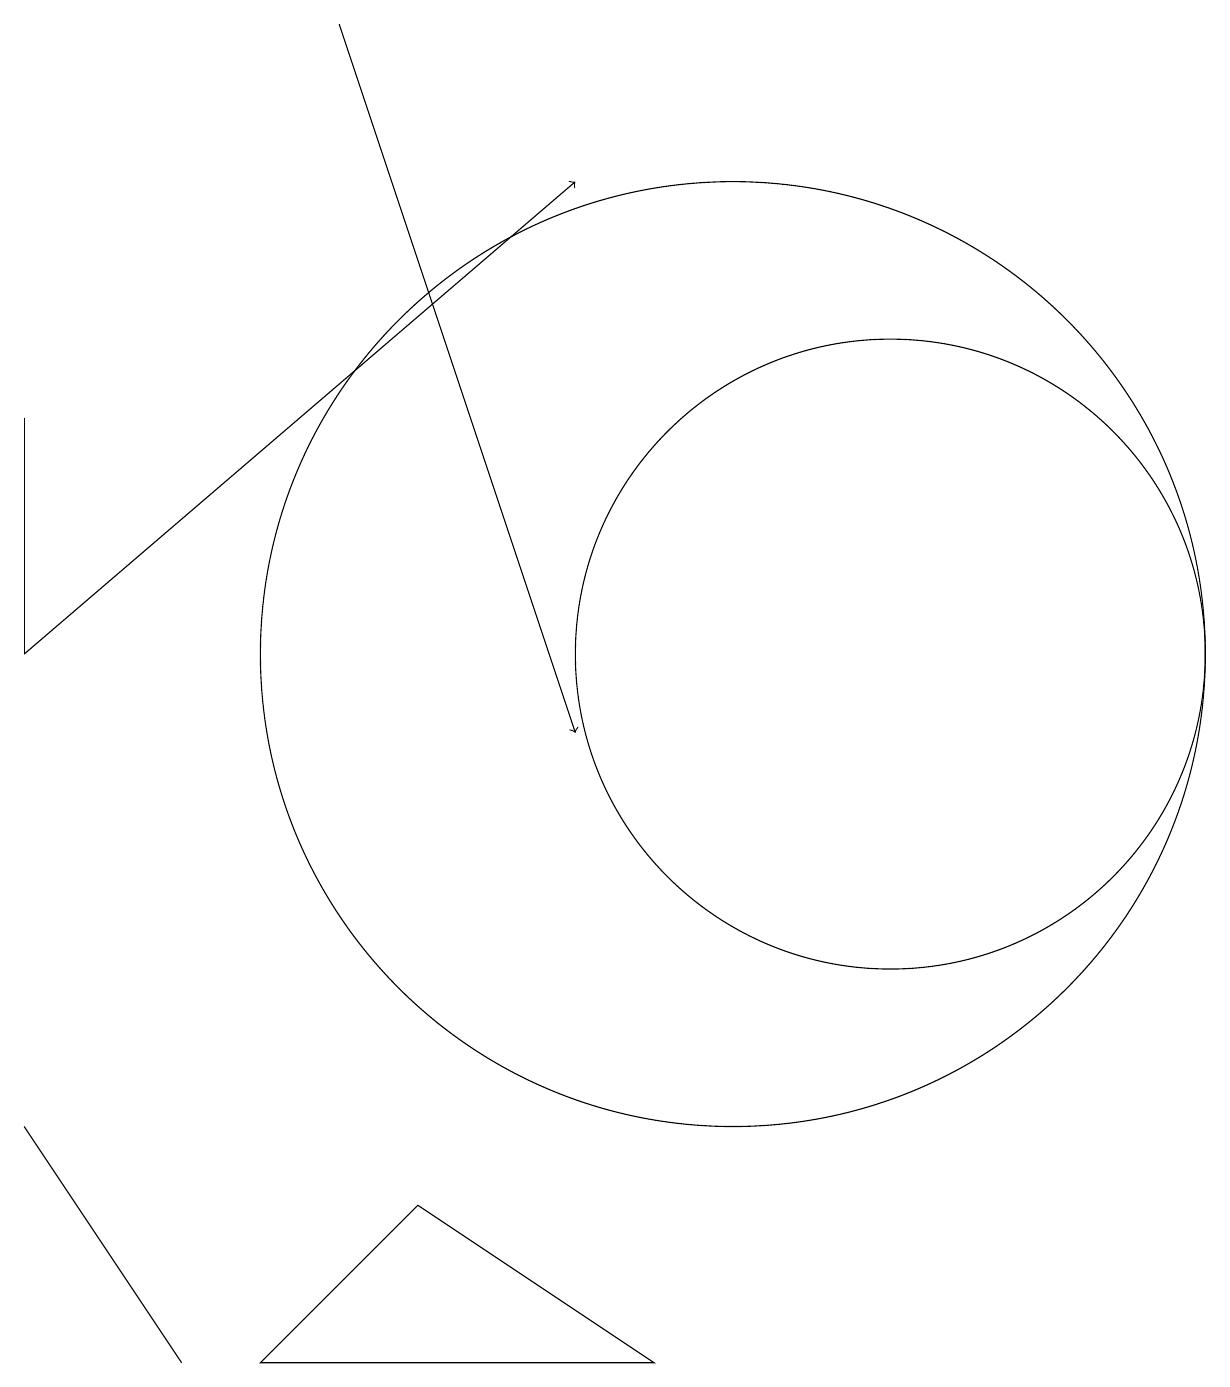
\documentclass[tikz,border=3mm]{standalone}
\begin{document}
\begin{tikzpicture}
\draw (10,11) circle (6);
\draw (1,11) rectangle (1,14);
\draw (6,4) -- (4,2) -- (9,2) -- cycle;
\draw[->] (1,11) -- (8,17);
\draw (3,2) -- (1,5) -- (1,5) -- cycle;
\draw[->] (5,19) -- (8,10);
\draw (12,11) circle (4);
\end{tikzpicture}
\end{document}